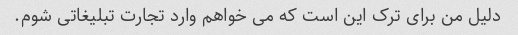
دلیل من برای ترک این است که می خواهم وارد تجارت تبلیغاتی شوم.